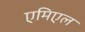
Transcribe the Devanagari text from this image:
एमिएल